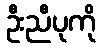
ဦးညီပုကို